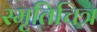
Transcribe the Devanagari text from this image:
स्मृतिचित्र